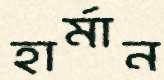
হার্মান